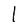
Character: I